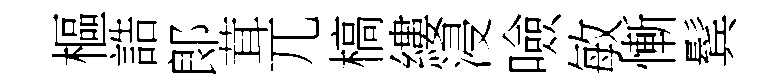
樞誥郞茸兀槁縷浸噞敏慚鬂